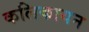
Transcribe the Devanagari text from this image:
कलिकायन